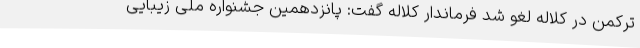
ترکمن در کلاله لغو شد فرماندار کلاله گفت: پانزدهمین جشنواره ملی زیبایی